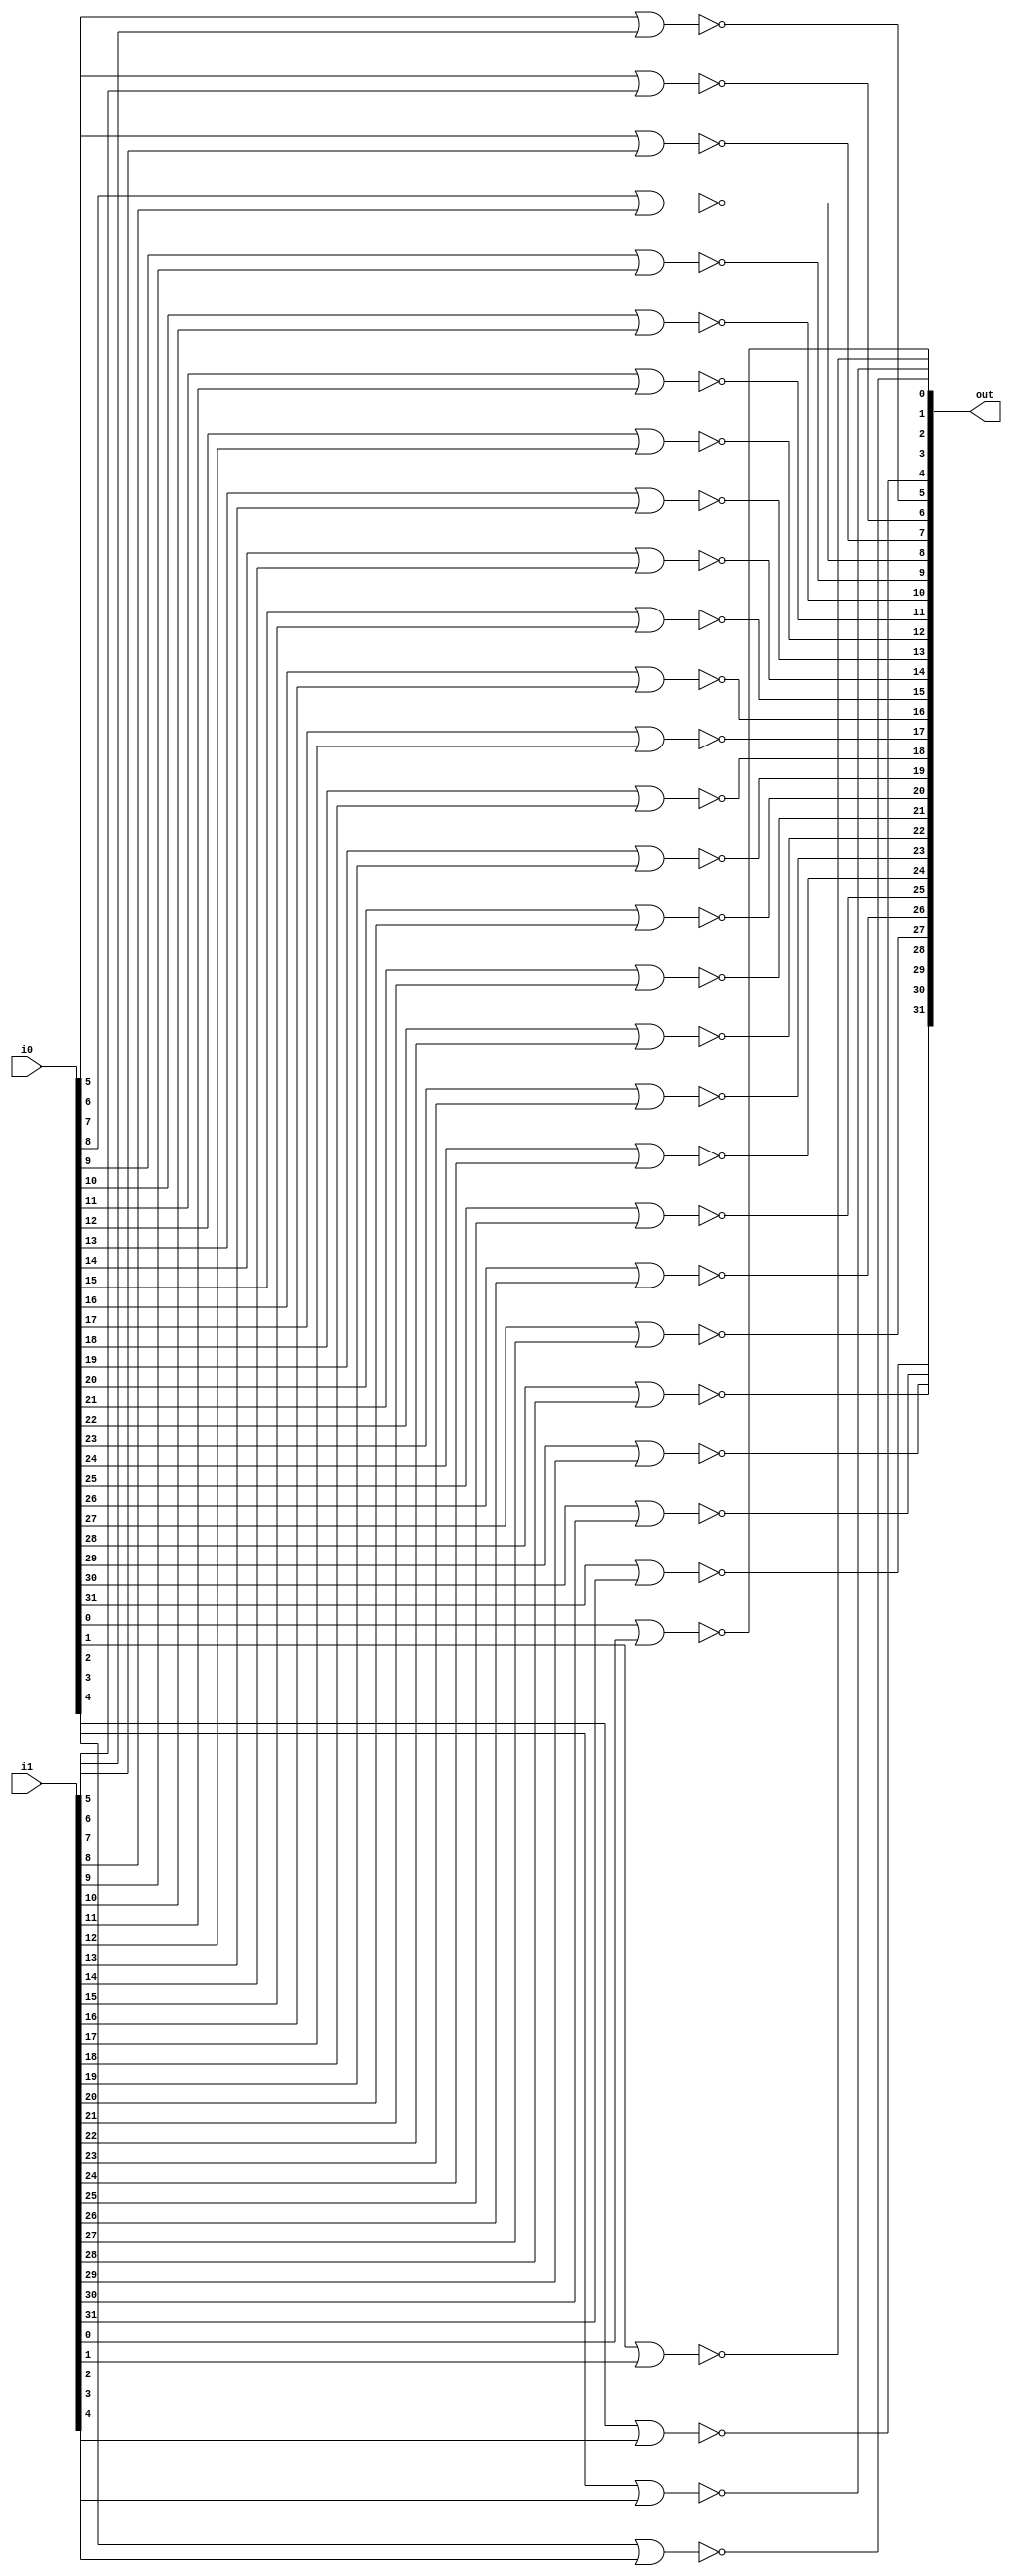
module nor_32b(i0, i1, out);
	input [31:0] i0, i1;
	output [31:0] out;
	
	nor nor1(out[0], i0[0], i1[0]);
	nor nor2(out[1], i0[1], i1[1]);
	nor nor3(out[2], i0[2], i1[2]);
	nor nor4(out[3], i0[3], i1[3]);
	nor nor5(out[4], i0[4], i1[4]);
	nor nor6(out[5], i0[5], i1[5]);
	nor nor7(out[6], i0[6], i1[6]);
	nor nor8(out[7], i0[7], i1[7]);
	nor nor9(out[8], i0[8], i1[8]);
	nor nor10(out[9], i0[9], i1[9]);
	nor nor11(out[10], i0[10], i1[10]);
	nor nor12(out[11], i0[11], i1[11]);
	nor nor13(out[12], i0[12], i1[12]);
	nor nor14(out[13], i0[13], i1[13]);
	nor nor15(out[14], i0[14], i1[14]);
	nor nor16(out[15], i0[15], i1[15]);
	nor nor17(out[16], i0[16], i1[16]);
	nor nor18(out[17], i0[17], i1[17]);
	nor nor19(out[18], i0[18], i1[18]);
	nor nor20(out[19], i0[19], i1[19]);
	nor nor21(out[20], i0[20], i1[20]);
	nor nor22(out[21], i0[21], i1[21]);
	nor nor23(out[22], i0[22], i1[22]);
	nor nor24(out[23], i0[23], i1[23]);
	nor nor25(out[24], i0[24], i1[24]);
	nor nor26(out[25], i0[25], i1[25]);
	nor nor27(out[26], i0[26], i1[26]);
	nor nor28(out[27], i0[27], i1[27]);
	nor nor29(out[28], i0[28], i1[28]);
	nor nor30(out[29], i0[29], i1[29]);
	nor nor31(out[30], i0[30], i1[30]);
	nor nor32(out[31], i0[31], i1[31]);	

endmodule